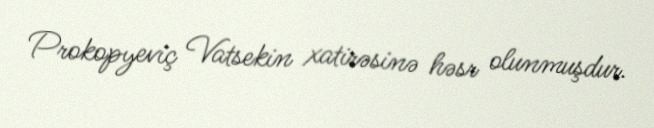
Prokopyeviç Vatsekin xatirəsinə həsr olunmuşdur.